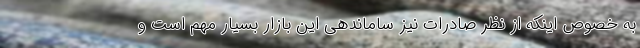
به خصوص اینکه از نظر صادرات نیز ساماندهی این بازار بسیار مهم است و